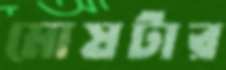
মোষটার